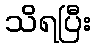
သိရပြီး